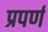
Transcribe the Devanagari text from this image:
प्रपर्ण